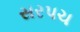
સરપચ